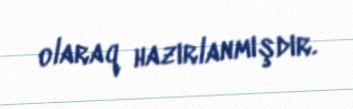
olaraq hazırlanmışdır.